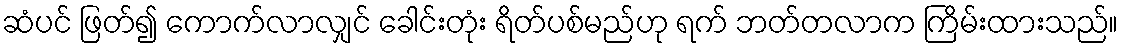
ဆံပင် ဖြတ်၍ ကောက်လာလျှင် ခေါင်းတုံး ရိတ်ပစ်မည်ဟု ရက် ဘတ်တလာက ကြိမ်းထားသည်။